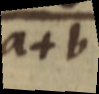
a+b